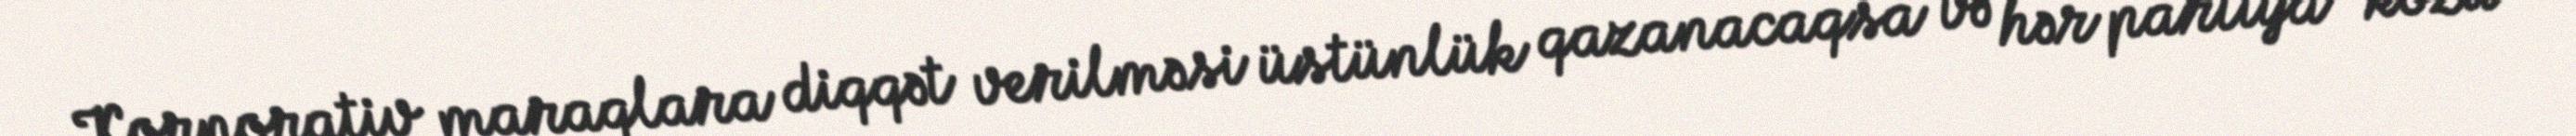
Korporativ maraqlara diqqət verilməsi üstünlük qazanacaqsa və hər partiya “közü